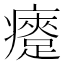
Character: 㿓